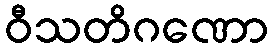
ဝီသတိဂဏော